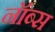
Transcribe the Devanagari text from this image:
नॉब्स